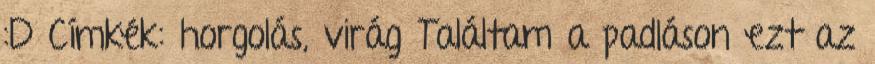
:D Címkék: horgolás, virág Találtam a padláson ezt az